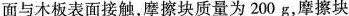
面与木板表面接触，摩擦块质量为200g，摩擦块